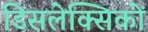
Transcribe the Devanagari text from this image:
डिसलेक्सिकों